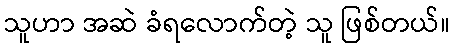
သူဟာ အဆဲ ခံရလောက်တဲ့ သူ ဖြစ်တယ်။